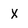
Character: X